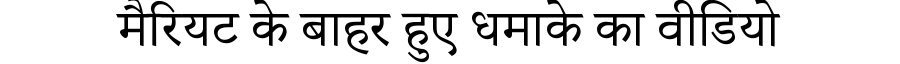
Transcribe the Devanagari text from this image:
मैरियट के बाहर हुए धमाके का वीडियो